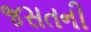
જસતની